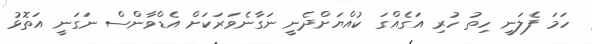
ހަމަ ފެލަނީ ހިތު ހުރި އަގެއްގަ ކުއްޔަށްދެނީ ނަގާނެވަރަކަށް އެޑްވާންސް ނަގަނީ އަތޮޅު